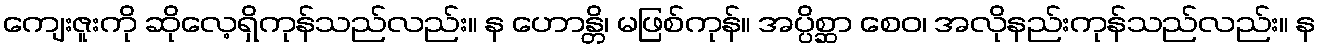
ကျေးဇူးကို ဆိုလေ့ရှိကုန်သည်လည်း။ န ဟောန္တိ၊ မဖြစ်ကုန်။ အပ္ပိစ္ဆာ စေဝ၊ အလိုနည်းကုန်သည်လည်း။ န